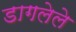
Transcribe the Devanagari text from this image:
डागलेले